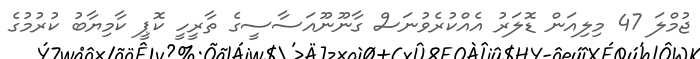
ޖުމްލަ 47 މިލިއަން ޑޮލަރު އެއްކުރެވުނަސް ގާނޫނޫއަސާސީގެ ތާރީހީ ކޮޕީ ކާމިޔާބު ކުރުމުގެ